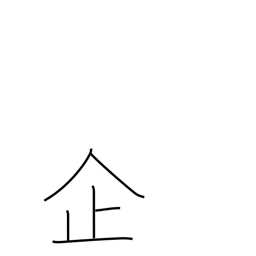
Meaning: plan